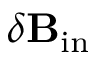
\delta { \bf { B } } _ { \mathrm { { i n } } }